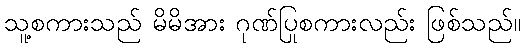
သူ့စကားသည် မိမိအား ဂုဏ်ပြုစကားလည်း ဖြစ်သည်။